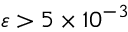
\varepsilon > 5 \times 1 0 ^ { - 3 }